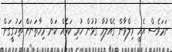
ނަމަވެސް އެއީ ރިލްވާން ގެއްލުމާ ގުޅުން ހުރި ކަމެއް ކަން މިހާތަނަށް ތަހުގީގަށް